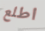
اطلع